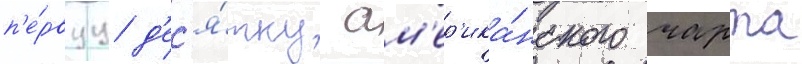
п'е́рвуу д'ес'я́тку ам'ер'ика́нского чарта